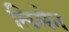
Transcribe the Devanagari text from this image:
लिमेन